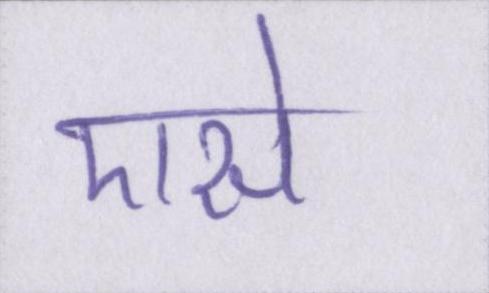
एसे